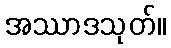
အဿာဒသုတ်။